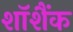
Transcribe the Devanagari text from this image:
शॉशैंक